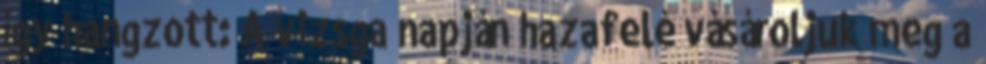
így hangzott: A vizsga napján hazafelé vásároljuk meg a